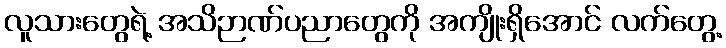
လူသားတွေရဲ့ အသိဉာဏ်ပညာတွေကို အကျိုးရှိအောင် လက်တွေ့